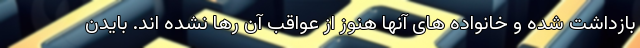
بازداشت شده و خانواده های آنها هنوز از عواقب آن رها نشده اند. بایدن